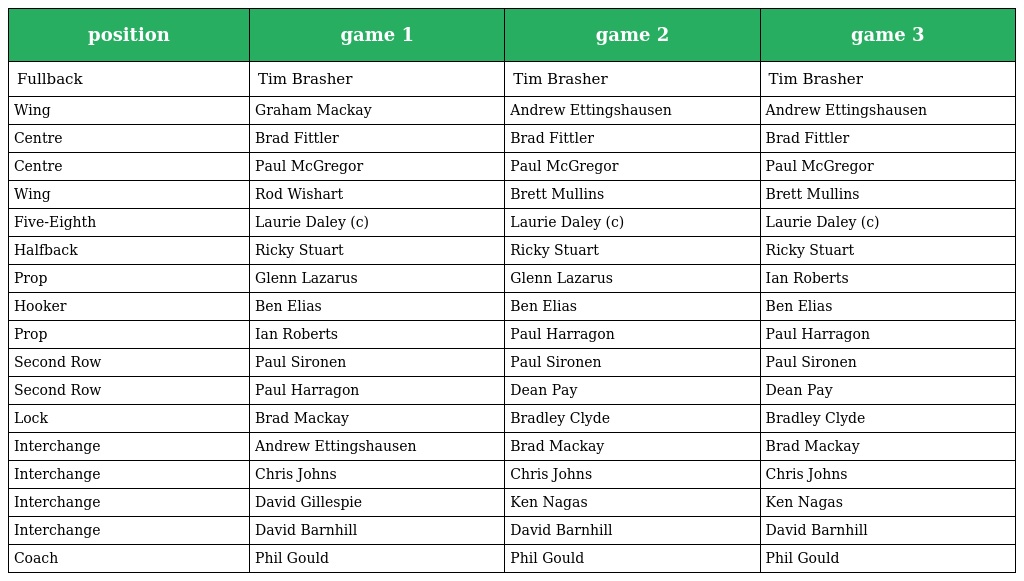
| position | game 1 | game 2 | game 3 |
 | --- | --- | --- | --- |
 | Fullback | Tim Brasher | Tim Brasher | Tim Brasher |
 | Wing | Graham Mackay | Andrew Ettingshausen | Andrew Ettingshausen |
 | Centre | Brad Fittler | Brad Fittler | Brad Fittler |
 | Centre | Paul McGregor | Paul McGregor | Paul McGregor |
 | Wing | Rod Wishart | Brett Mullins | Brett Mullins |
 | Five-Eighth | Laurie Daley (c) | Laurie Daley (c) | Laurie Daley (c) |
 | Halfback | Ricky Stuart | Ricky Stuart | Ricky Stuart |
 | Prop | Glenn Lazarus | Glenn Lazarus | Ian Roberts |
 | Hooker | Ben Elias | Ben Elias | Ben Elias |
 | Prop | Ian Roberts | Paul Harragon | Paul Harragon |
 | Second Row | Paul Sironen | Paul Sironen | Paul Sironen |
 | Second Row | Paul Harragon | Dean Pay | Dean Pay |
 | Lock | Brad Mackay | Bradley Clyde | Bradley Clyde |
 | Interchange | Andrew Ettingshausen | Brad Mackay | Brad Mackay |
 | Interchange | Chris Johns | Chris Johns | Chris Johns |
 | Interchange | David Gillespie | Ken Nagas | Ken Nagas |
 | Interchange | David Barnhill | David Barnhill | David Barnhill |
 | Coach | Phil Gould | Phil Gould | Phil Gould |